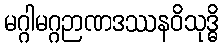
မဂ္ဂါမဂ္ဂဉာဏဒဿနဝိသုဒ္ဓိ